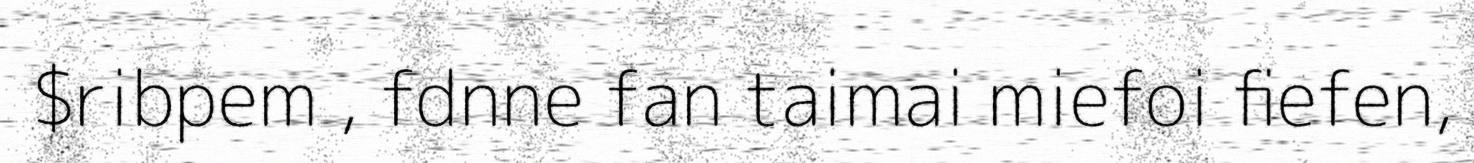
$ribpem , fdnne fan taimai miefoi fiefen,